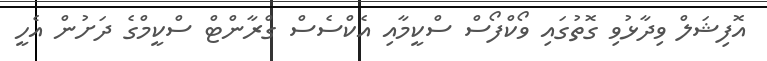
އޮފިޝަލް ވިދާޅުވި ގޮތުގައި ވޯކްފޯސް ސްކީމާއި އެކްސެސް ގްރާންޓް ސްކީމްގެ ދަށުން އެހީ